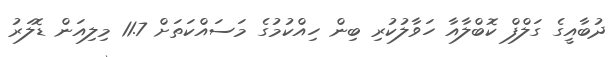
ދުބާއީގެ ގަލްފް ކޮބްލާއާ ހަވާލުކުރި ބިން ހިއްކުމުގެ މަސައްކަތަށް 11.7 މިލިއަން ޑޮލަރު